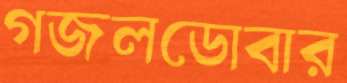
গজলডোবার